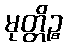
မုတ္တိဉ္စ